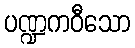
ပဏ္ဍကဝီသော